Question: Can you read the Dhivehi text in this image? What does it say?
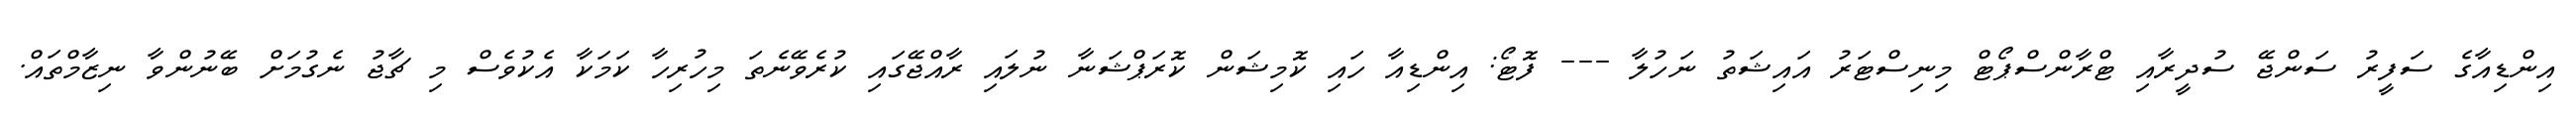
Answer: އިންޑިއާގެ ސަފީރު ސަންޖޭ ސުދީރާއި ޓްރާންސްޕޯޓް މިނިސްޓަރު އައިޝަތު ނަހުލާ --- ފޮޓޯ: އިންޑިއާ ހައި ކޮމިޝަން ކޮރަޕްޝަނާ ނުލައި ރާއްޖޭގައި ކުރެވޭނެތަ މިހުރިހާ ކަމަކާ އެކުވެސް މި ޗާޖު ނެގުމަށް ބޭނުންވާ ނިޒާމްތައް.